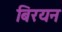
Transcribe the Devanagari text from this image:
बिरयन